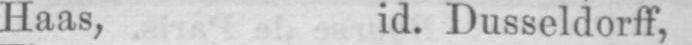
Haas, id. Dusseldorff,